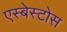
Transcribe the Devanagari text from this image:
एस्बेस्टोस